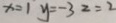
x = 1 y = - 3 z = 2